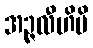
အဉ္ဇလီဟိပိ